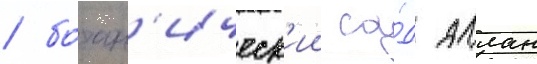
/ ботан'ическ'ии са́д аллан